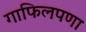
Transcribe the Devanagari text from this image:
गाफिलपणा